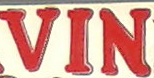
VIN